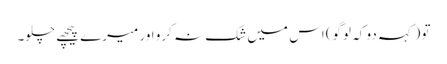
تو (کہہ دو کہ لوگو) اس میں شک نہ کرو اور میرے پیچھے چلو۔